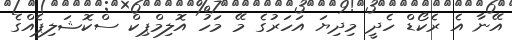
އޭނާ އެ ރެކޯޑް ހެދީ މިދިޔަ އަހަރުގެ މޭ މަހު އޮލިމްޕިކް ސްކޮޝަލިޕެއްގެ